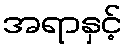
အရာနှင့်